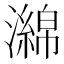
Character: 𤁗